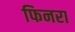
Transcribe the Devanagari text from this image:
फिनरा